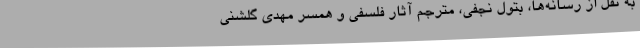
به نقل از رسانه‌ها، بتول نجفی، مترجم آثار فلسفی و همسر مهدی گلشنی